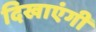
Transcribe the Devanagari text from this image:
दिखाएंगी